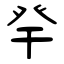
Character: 癷